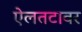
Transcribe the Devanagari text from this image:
ऐलतटावर